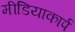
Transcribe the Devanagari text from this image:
मीडियाकार्प